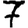
Digit: 7